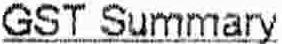
GST SUMMARY